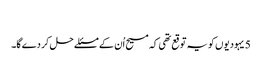
‏
5 یہودیوں کو یہ توقع تھی کہ مسیح اُن کے مسئلے حل کر دے گا۔